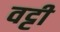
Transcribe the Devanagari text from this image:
वट्टी